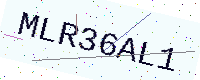
Text: MLR36AL1